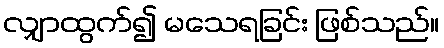
လျှာထွက်၍ မသေရခြင်း ဖြစ်သည်။